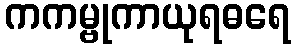
ကကမ္ဗုကာယုရဓရေ